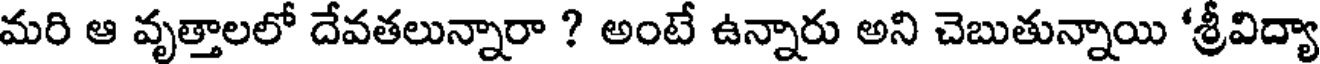
మరి ఆ వృత్తాలలో దేవతలున్నారా ? అంటే ఉన్నారు అని చెబుతున్నాయి 'శ్రీవిద్యా